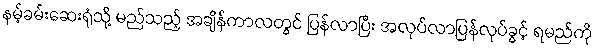
နမ့်ခမ်းဆေးရုံသို့ မည်သည့် အချိန်ကာလတွင် ပြန်လာပြီး အလုပ်လာပြန်လုပ်ခွင့် ရမည်ကို